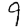
Digit: 9